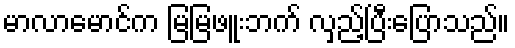
မာလာမောင်က မြမြဖူးဘက် လှည့်ပြီးပြောသည်။